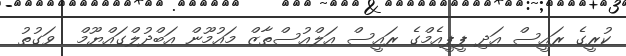
ކުރީގެ ރައީސް އަދި ޕީޕީއެމްގެ ރައީސް އަލްއުސްތާޒް މައުމޫން އަބްދުލްގައްޔޫމް  ވަގުތު